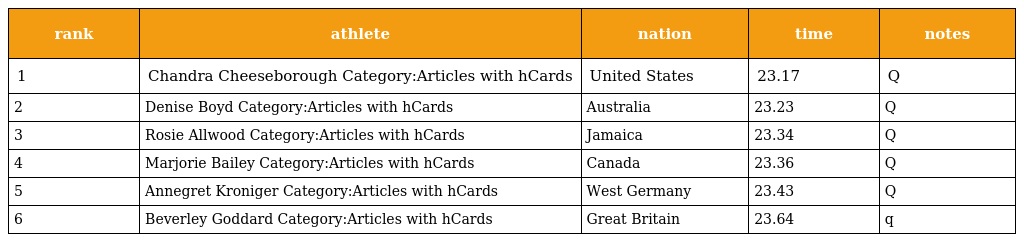
| rank | athlete | nation | time | notes |
 | --- | --- | --- | --- | --- |
 | 1 | Chandra Cheeseborough Category:Articles with hCards | United States | 23.17 | Q |
 | 2 | Denise Boyd Category:Articles with hCards | Australia | 23.23 | Q |
 | 3 | Rosie Allwood Category:Articles with hCards | Jamaica | 23.34 | Q |
 | 4 | Marjorie Bailey Category:Articles with hCards | Canada | 23.36 | Q |
 | 5 | Annegret Kroniger Category:Articles with hCards | West Germany | 23.43 | Q |
 | 6 | Beverley Goddard Category:Articles with hCards | Great Britain | 23.64 | q |